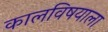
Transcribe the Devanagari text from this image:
कालविषयाला